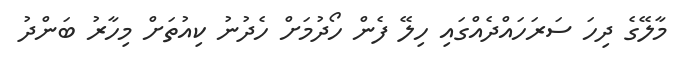
މާލޭގެ ދިހަ ސަރަހައްދެއްގައި ހިލޭ ފެން ހޯދުމަށް ހެދުނު ކިއުތަށް މިހާރު ބަންދު